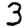
Digit: 3